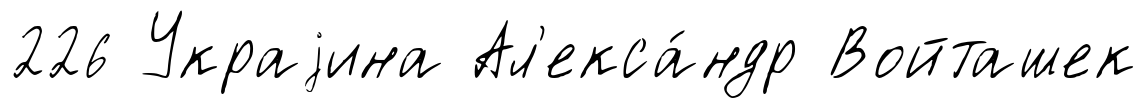
226 Украjина Ал'екса́ндр Войташек